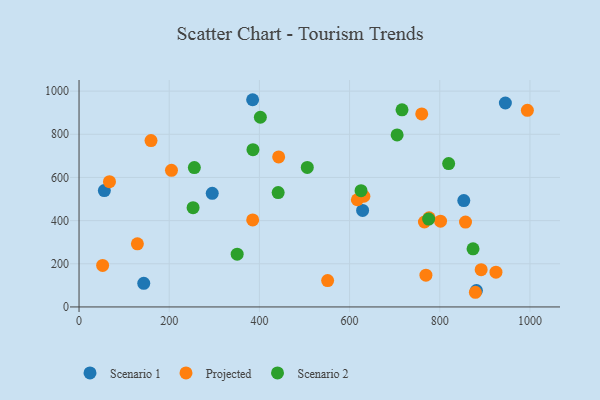
{"axis": {"x": "Distance", "y": "Salary"}, "legend": ["Projected", "Scenario 1", "Scenario 2"], "data": [{"x": "56.1", "y": 539.3, "type": "Scenario 1"}, {"x": "945.5", "y": 944.9, "type": "Scenario 1"}, {"x": "295.4", "y": 526.5, "type": "Scenario 1"}, {"x": "385.0", "y": 960.1, "type": "Scenario 1"}, {"x": "143.5", "y": 109.5, "type": "Scenario 1"}, {"x": "628.9", "y": 447.3, "type": "Scenario 1"}, {"x": "853.3", "y": 492.7, "type": "Scenario 1"}, {"x": "881.3", "y": 76.3, "type": "Scenario 1"}, {"x": "760.0", "y": 894.3, "type": "Projected"}, {"x": "857.1", "y": 393.1, "type": "Projected"}, {"x": "385.1", "y": 403.1, "type": "Projected"}, {"x": "924.6", "y": 161.1, "type": "Projected"}, {"x": "205.0", "y": 633.0, "type": "Projected"}, {"x": "776.4", "y": 413.0, "type": "Projected"}, {"x": "442.7", "y": 695.1, "type": "Projected"}, {"x": "631.7", "y": 512.9, "type": "Projected"}, {"x": "159.6", "y": 770.7, "type": "Projected"}, {"x": "766.0", "y": 393.6, "type": "Projected"}, {"x": "52.3", "y": 192.5, "type": "Projected"}, {"x": "551.3", "y": 122.4, "type": "Projected"}, {"x": "891.8", "y": 172.7, "type": "Projected"}, {"x": "879.0", "y": 68.0, "type": "Projected"}, {"x": "129.4", "y": 292.3, "type": "Projected"}, {"x": "769.3", "y": 147.2, "type": "Projected"}, {"x": "67.5", "y": 580.6, "type": "Projected"}, {"x": "617.2", "y": 496.7, "type": "Projected"}, {"x": "801.7", "y": 397.4, "type": "Projected"}, {"x": "994.3", "y": 910.8, "type": "Projected"}, {"x": "506.2", "y": 646.3, "type": "Scenario 2"}, {"x": "252.9", "y": 459.8, "type": "Scenario 2"}, {"x": "625.4", "y": 538.5, "type": "Scenario 2"}, {"x": "716.3", "y": 913.4, "type": "Scenario 2"}, {"x": "775.3", "y": 407.1, "type": "Scenario 2"}, {"x": "402.1", "y": 878.8, "type": "Scenario 2"}, {"x": "819.7", "y": 664.1, "type": "Scenario 2"}, {"x": "255.7", "y": 645.6, "type": "Scenario 2"}, {"x": "705.4", "y": 797.1, "type": "Scenario 2"}, {"x": "350.7", "y": 244.4, "type": "Scenario 2"}, {"x": "441.6", "y": 529.9, "type": "Scenario 2"}, {"x": "385.7", "y": 728.8, "type": "Scenario 2"}, {"x": "873.8", "y": 269.5, "type": "Scenario 2"}]}